NAE_EAA_P-553_Koit_kolhoos, lk 23
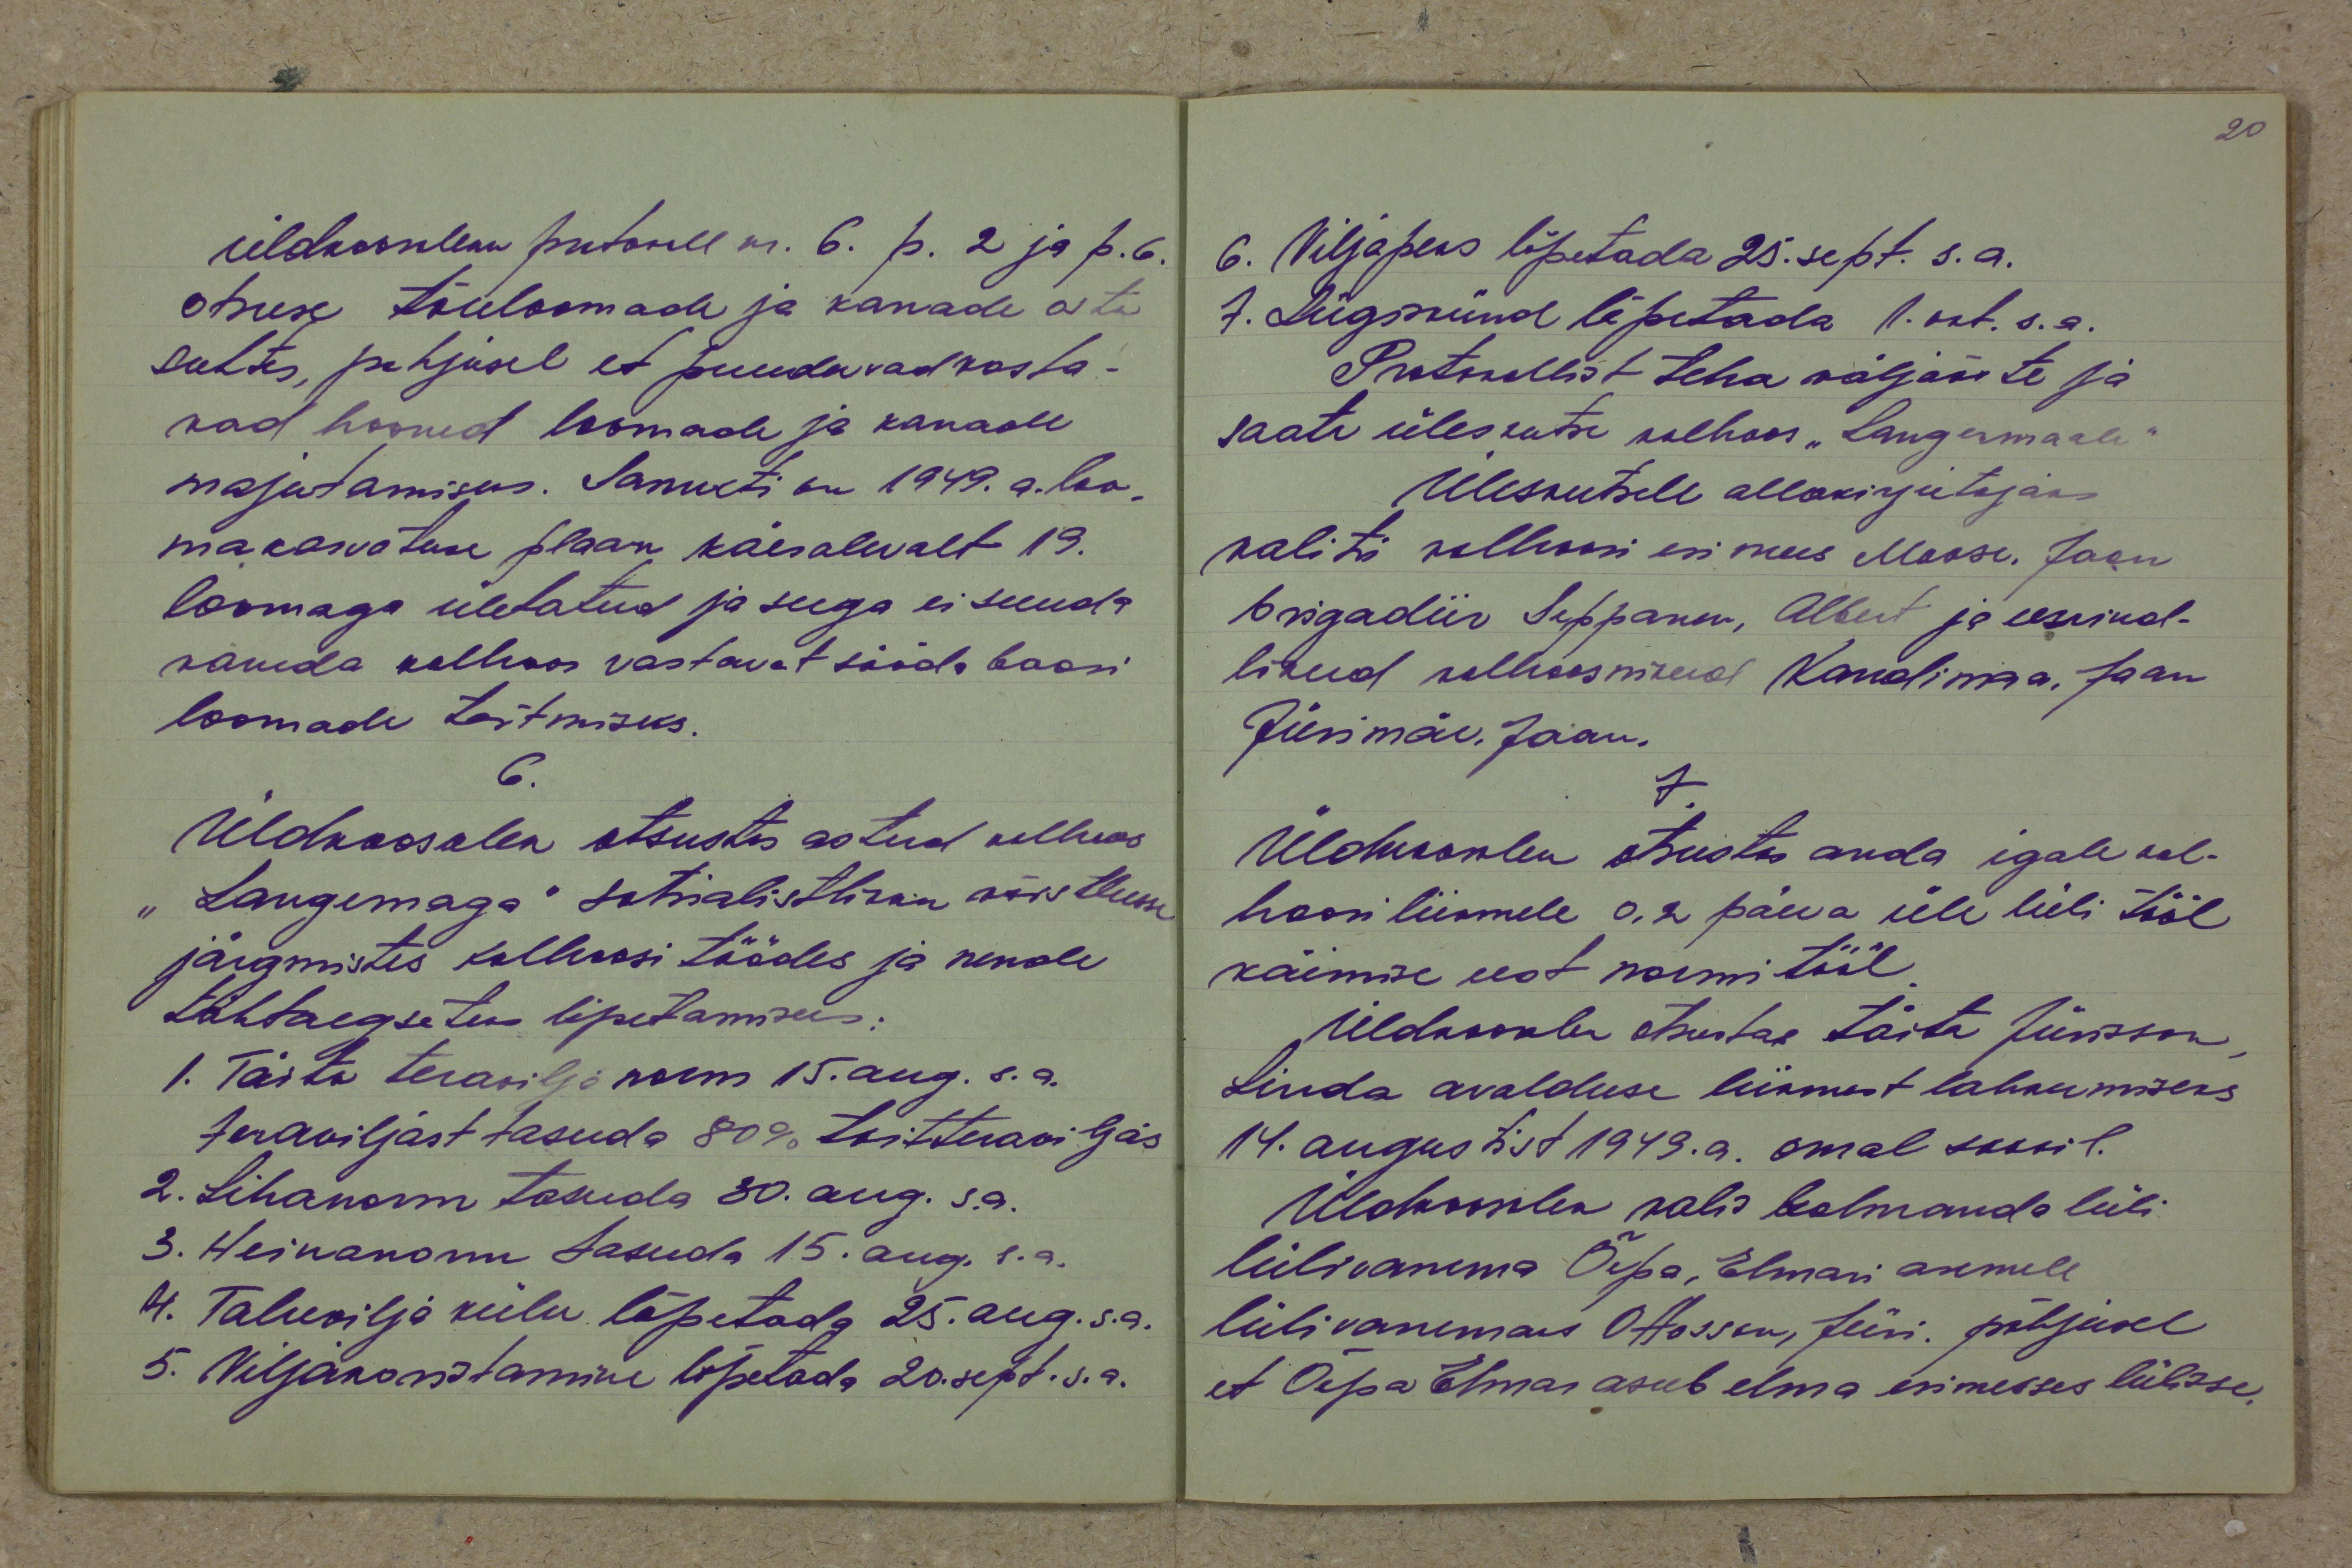
üldkoosoleku protokoll nr. 6. p. 2 ja p. 6.
otsuse tõuloomade ja kanade ostu
suhtes, põhjusel et puuduvad vasta-
vad hooned loomade ja kanade
majutamiseks. Samuti on 1949. a. loo-
makasvatuse plaan käesolevalt 19.
loomaga ületatud ja seega ei suuda
varuda kolhoos vastavat tööde baasi
loomade toitmiseks.
6.
Üldkoosolek otsustas astud kolhoos
"Langemaga" sotsialistliku võistlusse
järgmistes kolhoosi töödes ja nende
tähtaegseteks lõpetamiseks:
1. Täita teravilja norm 15. aug. s.a.
terawiljast tasuda 80% toitteraviljas
2. Lihanorm tasuda 30. aug. s.a.
3. Heinanorm tasuda 15. aug. s.a.
4. Taluvilja külv lõpetada 25. aug. s.a.
5. Viljakoristamine lõpetada 20. sept. s.a.

6. Viljapeks lõpetada 25. sept. s.a.
7. Sügiskünd lõpetada 1.okt. s.a.
Protokollist teha väljavõte ja
saata üleskutse kolhoos "Langermaale"
Üleskutsele allakirjutajaks
valiti kolhoosi esimees Moose, Jaan
brigadiir Seppanen, Albert ja eesrind-
likud kolhoosnikud Kandimaa, Jaan
Jürimäe, Jaan.
7.
Üldkoosolek otsustas anda igale kol-
hoosi liikmele 0,2 päeva üle lüli tööl
käimise eest normitööl
Üldkoosolek otsustas täita Jürisson,
Linda avalduse liikmest lahkumiseks
14. augustist 1949. a. omal soovil.
Üldkoosolek valis kolmanda lüli
lülivanema Õepa, Elmari asemele
lülivanemaks Otosson, Jüri. põhjusel
et Õepa, Elmar asub elma esimesses lülisse.